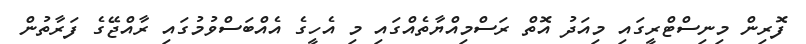
ފޮރިން މިނިސްޓްރީގައި މިއަދު އޮތް ރަސްމިއްޔާތެއްގައި މި އެހީގެ އެއްބަސްވުމުގައި ރާއްޖޭގެ ފަރާތުން